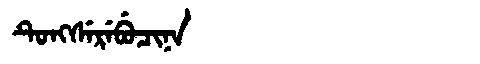
Manchu: ᡨᡠᠩᠰᡝᡵᡝᠪᡠᠴᡳᠨᠠ
Romanization: TUNGSEREBUCINA